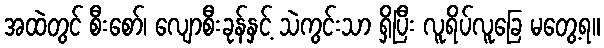
အထဲတွင် စီးစော်၊ လျောစီးခုန်နှင့် သဲကွင်းသာ ရှိပြီး လူရိပ်လူခြေ မတွေ့ရ။